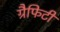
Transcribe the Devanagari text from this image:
ग्रैफिटी